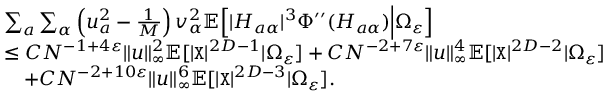
\begin{array} { r l } & { \sum _ { a } \sum _ { \alpha } \left( u _ { a } ^ { 2 } - \frac 1 { M } \right) v _ { \alpha } ^ { 2 } \mathbb { E } \Big [ | H _ { a \alpha } | ^ { 3 } \Phi ^ { \prime \prime } ( H _ { a \alpha } ) \Big | \Omega _ { \varepsilon } \Big ] } \\ & { \leq C N ^ { - 1 + 4 \varepsilon } \| { \boldsymbol u } \| _ { \infty } ^ { 2 } \mathbb { E } [ | { \texttt X } | ^ { 2 D - 1 } | \Omega _ { \varepsilon } ] + C N ^ { - 2 + 7 \varepsilon } \| { \boldsymbol u } \| _ { \infty } ^ { 4 } \mathbb { E } [ | { \texttt X } | ^ { 2 D - 2 } | \Omega _ { \varepsilon } ] } \\ & { ~ ~ ~ + C N ^ { - 2 + 1 0 \varepsilon } \| { \boldsymbol u } \| _ { \infty } ^ { 6 } \mathbb { E } [ | { \texttt X } | ^ { 2 D - 3 } | \Omega _ { \varepsilon } ] . } \end{array}